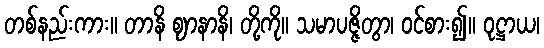
တစ်နည်းကား။ တာနိ ဈာနာနိ၊ တို့ကို။ သမာပဇ္ဇိတွာ၊ ဝင်စား၍။ ဝုဋ္ဌာယ၊